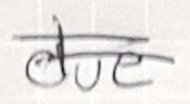
Text: due
Cross-out: double-line
Writing tool: ballpoint